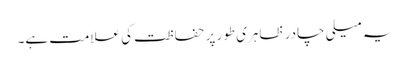
یہ میلی چادر ظاہری طور پر حفاظت کی علامت ہے۔